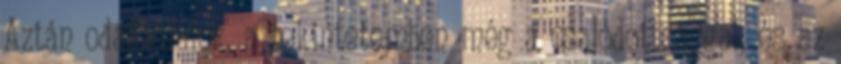
Aztán odafordulok, a tekintetemben még a csalódottsággal, és az